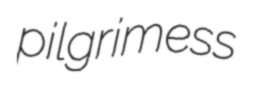
pilgrimess